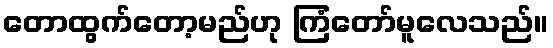
တောထွက်တော့မည်ဟု ကြံတော်မူလေသည်။